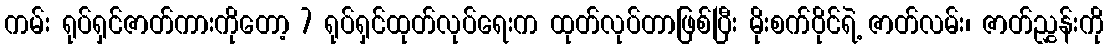
ကမ်း ရုပ်ရှင်ဇာတ်ကားကိုတော့ 7 ရုပ်ရှင်ထုတ်လုပ်ရေးက ထုတ်လုပ်တာဖြစ်ပြီး မိုးစက်ဝိုင်ရဲ့ ဇာတ်လမ်း၊ ဇာတ်ညွှန်းကို